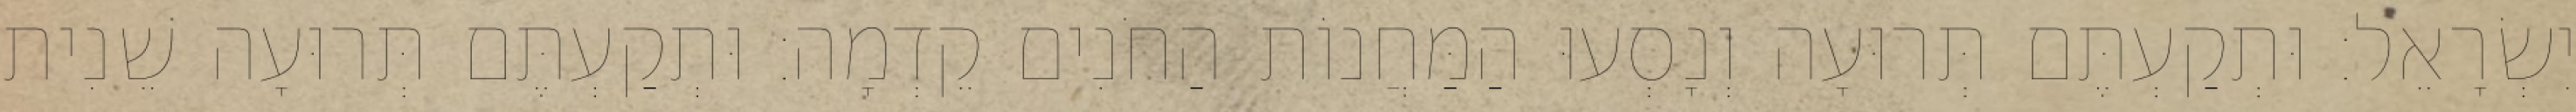
יִשְׂרָאֵל׃ וּתְקַעְתֶּם תְּרוּעָה וְנָסְעוּ הַמַּחֲנוֹת הַחֹנִים קֵדְמָה׃ וּתְקַעְתֶּם תְּרוּעָה שֵׁנִית